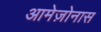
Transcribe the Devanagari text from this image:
आमेज़ोनास